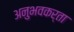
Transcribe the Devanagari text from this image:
अनुभवकर्ता